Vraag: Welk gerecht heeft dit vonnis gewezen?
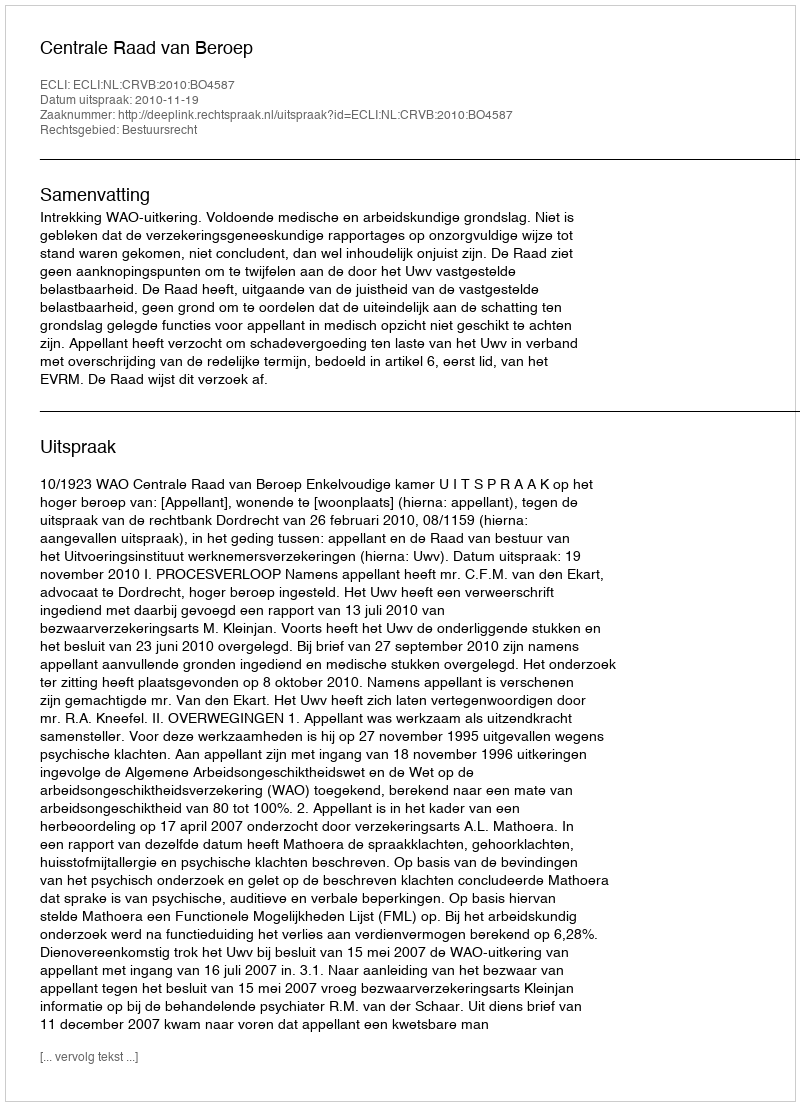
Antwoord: Centrale Raad van Beroep